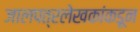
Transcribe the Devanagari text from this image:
जालपत्रलेखकांकडून